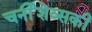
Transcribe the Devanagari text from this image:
चर्नीशेव्सकी